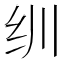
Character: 𬘓